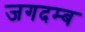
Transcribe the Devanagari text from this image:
जगदम्ब